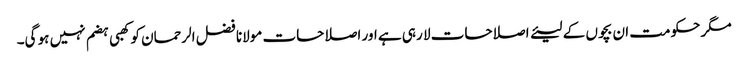
مگر حکومت ان بچوں کے لیئے اصلاحات لا رہی ہے اور اصلاحات مولانا فضل الرحمان کو کھبی ہضم نہیں ہو گی۔